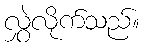
လွှဲလိုက်သည်။